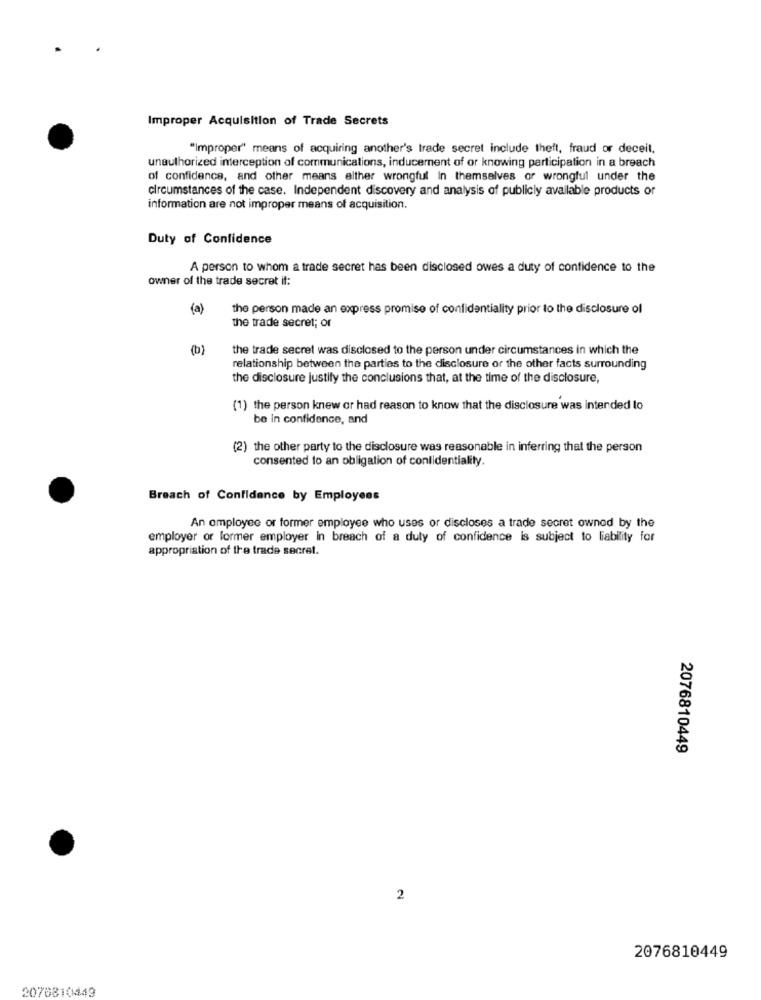
Improper Acquisition of Trade Secrets
"Improper" means of acquiring another's trade secret include theft, fraud or deceil.
unauthorized interception of communications, inducement of or knowing participation in a breach
of confidence, and other means elther wrongful In themselves or wrongful under the
circumstances of the case. Independent discovery and analysis of publicly available products or
information are not improper means of acquisition.
Duty of Confidence
A person to whom a trade secret has been disclosed owes a duty of confidence to the
owner of the trade secret if:
(a)
the person made an express promise of confidentiality prior to the disclosure of
the trade secret; or
(b)
the trade secret was disclosed to the person under circumstances in which the
relationship between the parties to the disclosure or the other facts surrounding
the disclosure justify the conclusions that, at the time of the disclosure,
(1) the person knew or had reason to know that the disclosure was intended to
be in confidence, and
(2) the other party to the disclosure was reasonable in inferring that the person
consented to an obligation of confidentiality.
Breach of Confidence by Employees
An employee or former employee who uses or discloses a trade secret owned by the
employer or former employer in breach of a duly of confidence is subject to liability for
appropriation of the trade secret.
2076810449
2
2076810449
2076810449